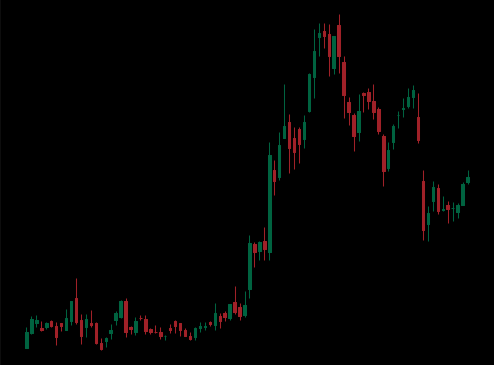
Pattern: unclassified